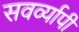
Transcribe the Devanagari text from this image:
सवर्व्यापी